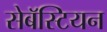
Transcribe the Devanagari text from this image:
सेबॅस्टियन